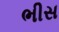
ભીસ